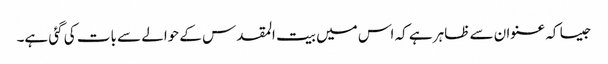
جیسا کہ عنوان سے ظاہر ہے کہ اس میں بیت المقدس کے حوالے سے بات کی گئی ہے۔